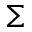
\Sigma